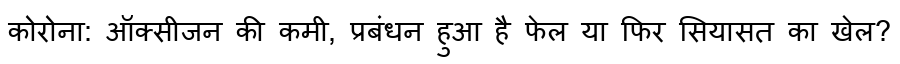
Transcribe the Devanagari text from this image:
कोरोना: ऑक्सीजन की कमी, प्रबंधन हुआ है फेल या फिर सियासत का खेल?